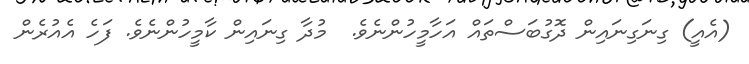
(އެއީ) ގިނަގިނައިން ދޮގުބަސްތައް އަހާމީހުންނެވެ.  މުދާ ގިނައިން ކާމީހުންނެވެ. ފަހެ އެއުރެން